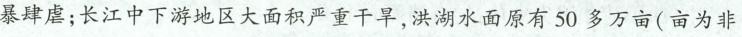
暴肆虐；长江中下游地区大面积严重干旱，洪湖水面原有50多万亩(亩为非